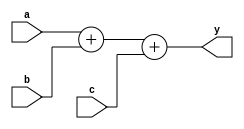
module A(a,b,c,y);  //
input a;
input b;
input c;
output[1:0] y;

assign y= a+b+c;
endmodule